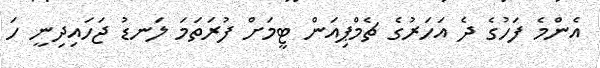
އެންމެ ފަހުގެ ދެ އަހަރުގެ ޗެމްޕިއަން ޓީމަށް ފުރަތަމަ ލަނޑު ޖަހައިދިނީ ހަ